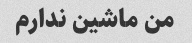
من ماشین ندارم